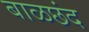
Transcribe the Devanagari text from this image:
बाळछंद